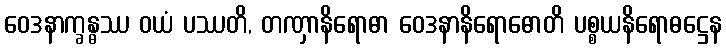
ဝေဒနာက္ခန္ဓဿ ဝယံ ပဿတိ, တဏှာနိရောဓာ ဝေဒနာနိရောဓောတိ ပစ္စယနိရောဓဋ္ဌေန